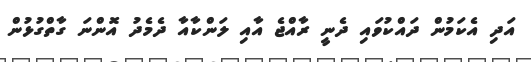
އަދި އެކަމުން ދައްކުވައި ދެނީ ރާއްޖެ އާއި ލަންކާއާ ދެމެދު އޮންނަ ގާތްގުޅުން